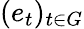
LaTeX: (e_{t})_{t\in G}